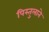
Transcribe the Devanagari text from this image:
पिस्तुलाने